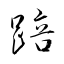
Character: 踣